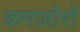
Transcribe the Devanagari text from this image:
कमज़ोरों